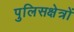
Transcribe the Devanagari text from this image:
पुलिसक्षेत्रों